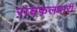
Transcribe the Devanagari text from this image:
रायफलधारी